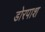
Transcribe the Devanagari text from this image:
डोरपाश